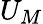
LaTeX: U_{M}